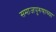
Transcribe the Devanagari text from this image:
समाजपुरुषाच्या